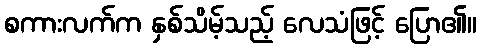
စကားလက်က နှစ်သိမ့်သည့် လေသံဖြင့် ပြော၏။